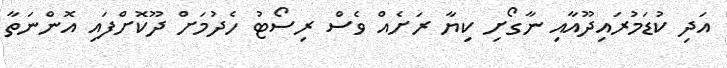
އަދި ކުޑަމުރައިދޫއާއި ނާގޯށި ކިޔާ ރަށެއް ވެސް ރިސޯޓު ހެދުމަށް ދޫކޮށްފައި އޮންނަތާ